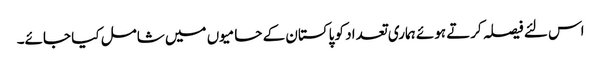
اس لئے فیصلہ کرتے ہوئے ہماری تعداد کو پاکستان کے حامیوں میں شامل کیا جائے۔